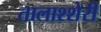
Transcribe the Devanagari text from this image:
तालाश्शेरी